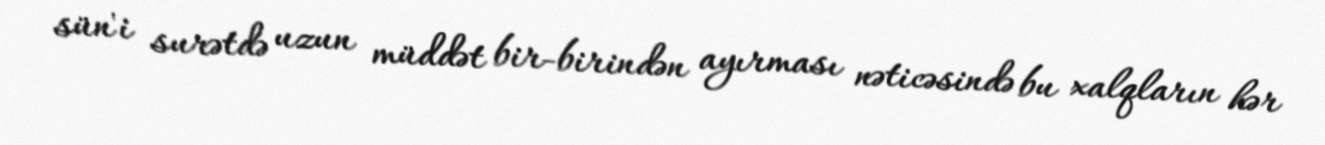
sün'i surətdə uzun müddət bir-birindən ayırması nəticəsində bu xalqların hər